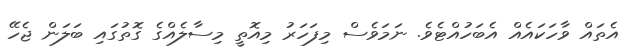
އެތައް ވާހަކައެއް އެބަހުއްޓެވެ. ނަމަވެސް މިފަހަރު މިއޮތީ މިސާލެއްގެ ގޮތުގައި ބަލަން ޖެހޭ